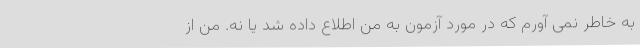
به خاطر نمی آورم که در مورد آزمون به من اطلاع داده شد یا نه. من از